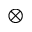
\mathbf { \otimes }